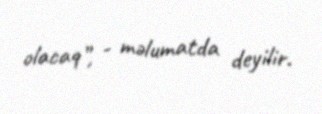
olacaq”, - məlumatda deyilir.